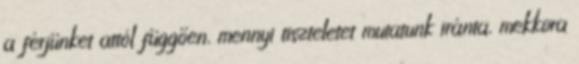
a férjünket attól függően, mennyi tiszteletet mutatunk iránta, mekkora